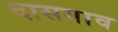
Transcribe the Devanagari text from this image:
दासगाव